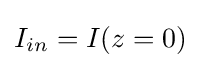
I_{in}=I(z=0)